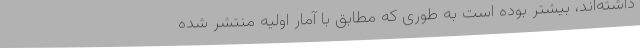
داشته‌اند، بیشتر بوده است به طوری که مطابق با آمار اولیه منتشر شده